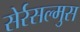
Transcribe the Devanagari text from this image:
सेर्रसल्मुस